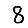
Digit: 8